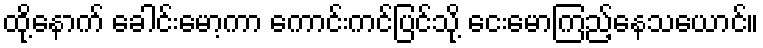
ထို့နောက် ခေါင်းမော့ကာ ကောင်းကင်ပြင်သို့ ငေးမောကြည့်နေသယောင်။